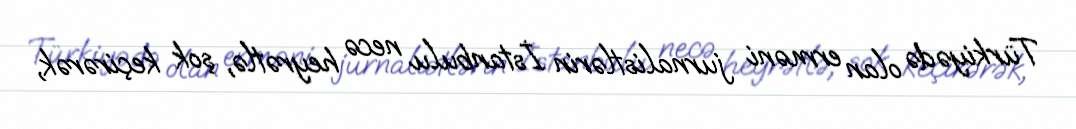
Türkiyədə olan erməni jurnalistlərin İstanbulu necə heyrətlə, şok keçirərək,